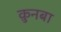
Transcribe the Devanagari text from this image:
क़ुनबा